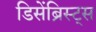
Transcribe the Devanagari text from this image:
डिसेंब्रिस्ट्स